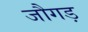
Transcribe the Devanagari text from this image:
जौगड़